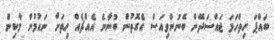
ބައްޕަ ހިތްހަމަ ޖައްސަދޭން ބޭނުންވިއަސް އެގޮތުން ބުނާނެ އެއްޗެއް ހިތަށް ނައުމުން މާކިން